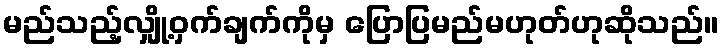
မည်သည့်လျှို့ဝှက်ချက်ကိုမှ ပြောပြမည်မဟုတ်ဟုဆိုသည်။